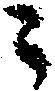
々